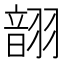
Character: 𫅬